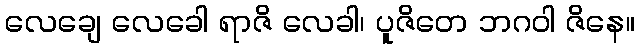
လေချေ လေခေါ ရာဇိ လေခါ၊ ပူဇိတေ ဘဂဝါ ဇိနေ။